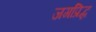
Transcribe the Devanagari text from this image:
जगप्रिद्ध